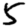
Digit: 5